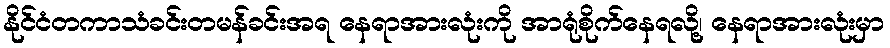
နိုင်ငံတကာသံခင်းတမန်ခင်းအရ နေရာအားလုံးကို အာရုံစိုက်နေရလို့၊ နေရာအားလုံးမှာ